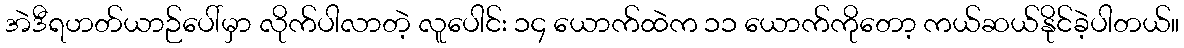
အဲဒီရဟတ်ယာဉ်ပေါ်မှာ လိုက်ပါလာတဲ့ လူပေါင်း ၁၄ ယောက်ထဲက ၁၁ ယောက်ကိုတော့ ကယ်ဆယ်နိုင်ခဲ့ပါတယ်။